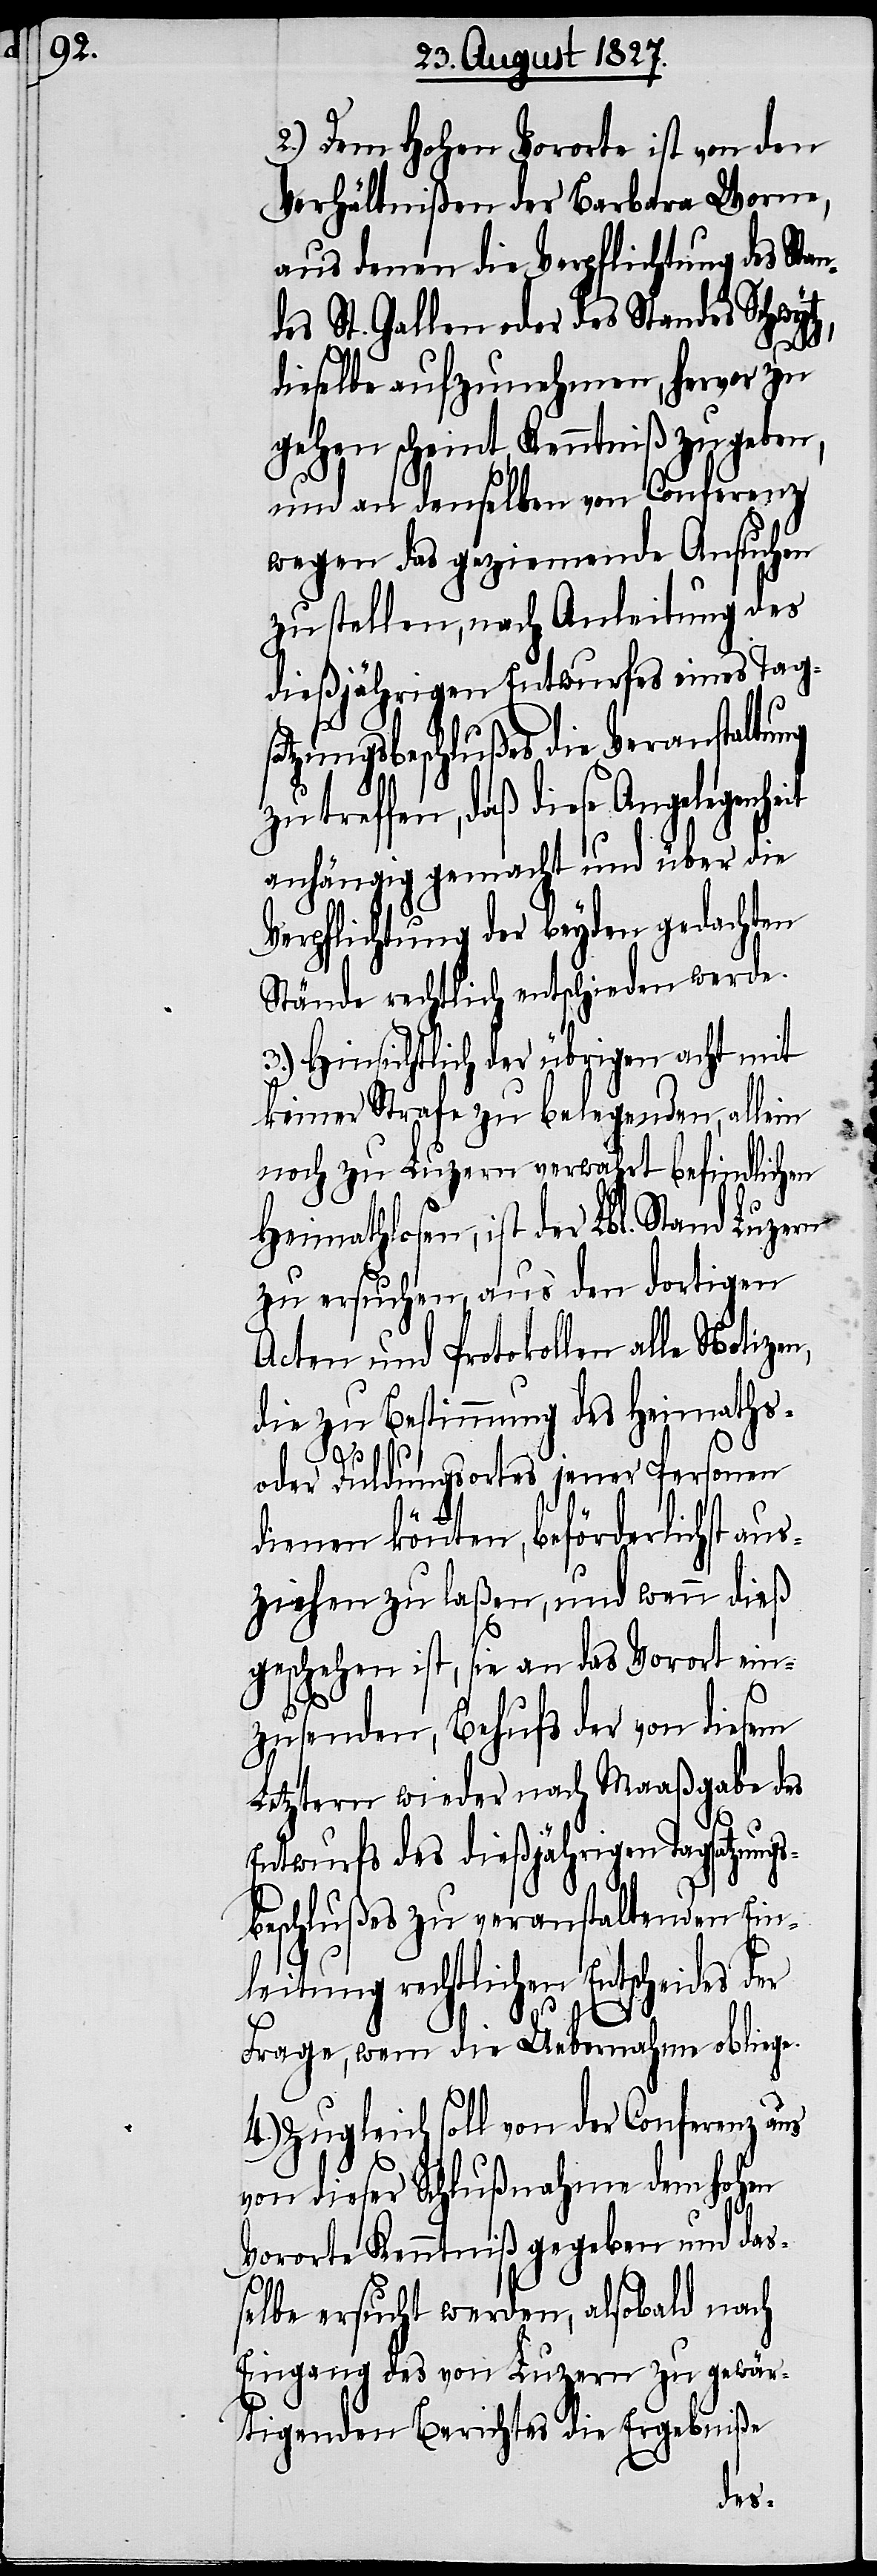
2.) Dem Hohen Vororte ist von den
Verhältnißen der Barbara Worne,
aus denen die Verpflichtung des Stan¬
des St. Gallen oder des Standes Schwy¬
tz,
dieselbe aufzunehmen, hervor zu
gehen scheint, Kenntniß zu geben,
und an denselben von Conferenz
wegen das geziemende Ansuchen
zu stellen, nach Anleitung des
dießjährigen Entwurfes eines Tags¬
atzungsbeschlußes die Veranstaltung
zu treffen, daß diese Angelegenheit
anhängig gemacht und über die
Verpflichtung der beyden gedachten
Stände rechtlich entschieden werde.
3.) Hinsichtlich der übrigen acht mit
keiner Strafe zu belegenden, allein
noch zu Luzern verwahrt befindlichen
Heimathlosen, ist der Lbl. Stand Luzern
zu ersuchen, aus den dortigen
Acten und Protokollen alle Notizen,
die zu Bestimmung des Heimaths-
oder Duldungsortes jener Personen
dienen könnten, beförderlichst aus¬
ziehen zu laßen, und wenn dieß
geschehen ist, sie an das Vorort ein¬
zusenden, Behufs der von diesem
Letztern wieder nach Maaßgabe des
Entwurfs des dießjährigen Tagsatzung¬
sbeschlußes zu veranstaltenden Ein¬
leitung rechtlichen Entscheides
Frage, wem die Uebernahme obliege.
4.) Zugleich soll von der Conferenz aus
von dieser Schlußnahme dem hohen
Vororte Kenntniß gegeben und das¬
selbe ersucht werden, alsobald nach
Eingang des von Luzern zu gewär¬
tigenden Berichtes die Ergebniße
der